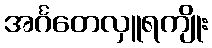
အင်္ဂတေလှူရကျိုး